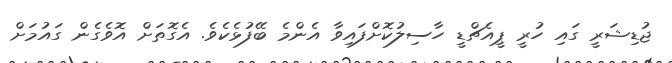
ޖުޑިޝަރީ ގައި ހުރީ ޕީއެޗްޑީ ހާސިލުކޮށްފައިވާ އެންމެ ބޭފުޅެކެވެ. އެގޮތަށް އޮވެގެން ގައުމަށް